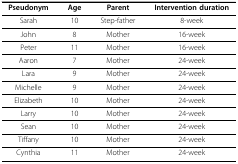
| Pseudonym | Age | Parent | Intervention duration |
 | --- | --- | --- | --- |
 | Sarah | 10 | Step-father | 8-week |
 | John | 8 | Mother | 16-week |
 | Peter | 11 | Mother | 16-week |
 | Aaron | 7 | Mother | 24-week |
 | Lara | 9 | Mother | 24-week |
 | Michelle | 9 | Mother | 24-week |
 | Elizabeth | 10 | Mother | 24-week |
 | Larry | 10 | Mother | 24-week |
 | Sean | 10 | Mother | 24-week |
 | Tiffany | 10 | Mother | 24-week |
 | Cynthia | 11 | Mother | 24-week |